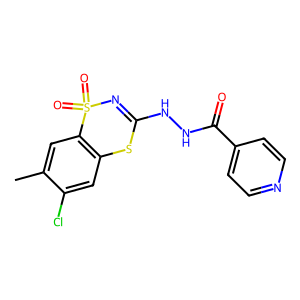
SMILES: Cc1cc2c(cc1Cl)SC(NNC(=O)c1ccncc1)=NS2(=O)=O
Inhibits HIV replication: No